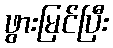
ဖွားမြင်ပြီး